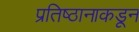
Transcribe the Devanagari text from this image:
प्रतिष्ठानाकडून